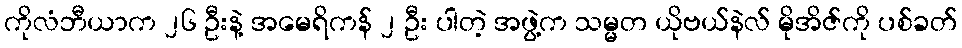
ကိုလံဘီယာက ၂၆ ဦးနဲ့ အမေရိကန် ၂ ဦး ပါတဲ့ အဖွဲ့က သမ္မတ ယိုဗယ်နဲလ် မိုအိဇ်ကို ပစ်ခတ်